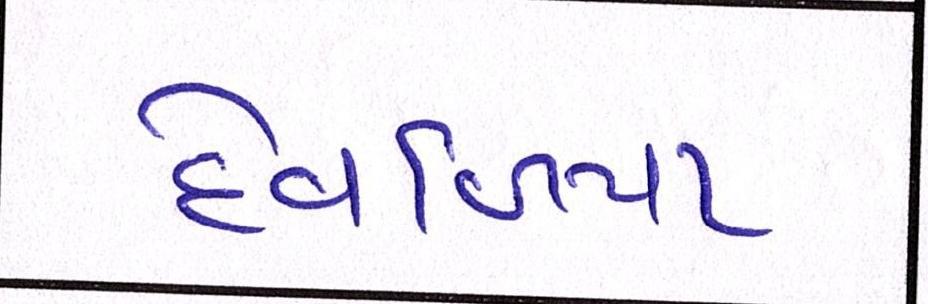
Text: દેવળિયા